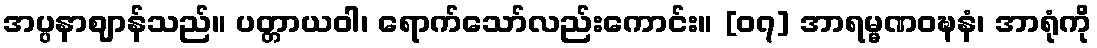
အပ္ပနာဈာန်သည်။ ပတ္တာယဝါ၊ ရောက်သော်လည်းကောင်း။ [၀၇] အာရမ္မဏဝဍ္ဎနံ၊ အာရုံကို